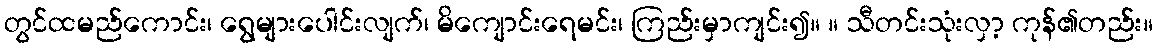
တွင်ထမည်ကောင်း၊ ရွေများပေါင်းလျက်၊ မိကျောင်းရေမင်း၊ ကြည်းမှာကျင်း၍။ ။ သီတင်းသုံးလှာ့ ကုန်၏တည်း။